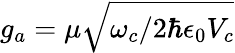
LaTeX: g_{a}=\mu\sqrt{\omega_{c}/2\hbar\epsilon_{0}V_{c}}